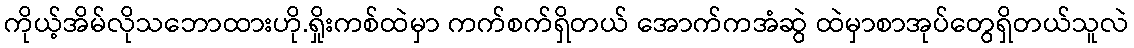
ကိုယ့်အိမ်လိုသဘောထားဟို.ရှိုးကစ်ထဲမှာ ကက်စက်ရှိတယ် အောက်ကအံဆွဲ ထဲမှာစာအုပ်တွေရှိတယ်သူလဲ